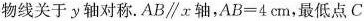
物线关于y轴对称$$.AB\parallel x$$轴，$$AB=4cm$$，最低点C